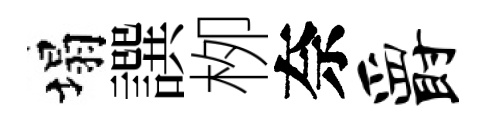
塌譔栁奈爵